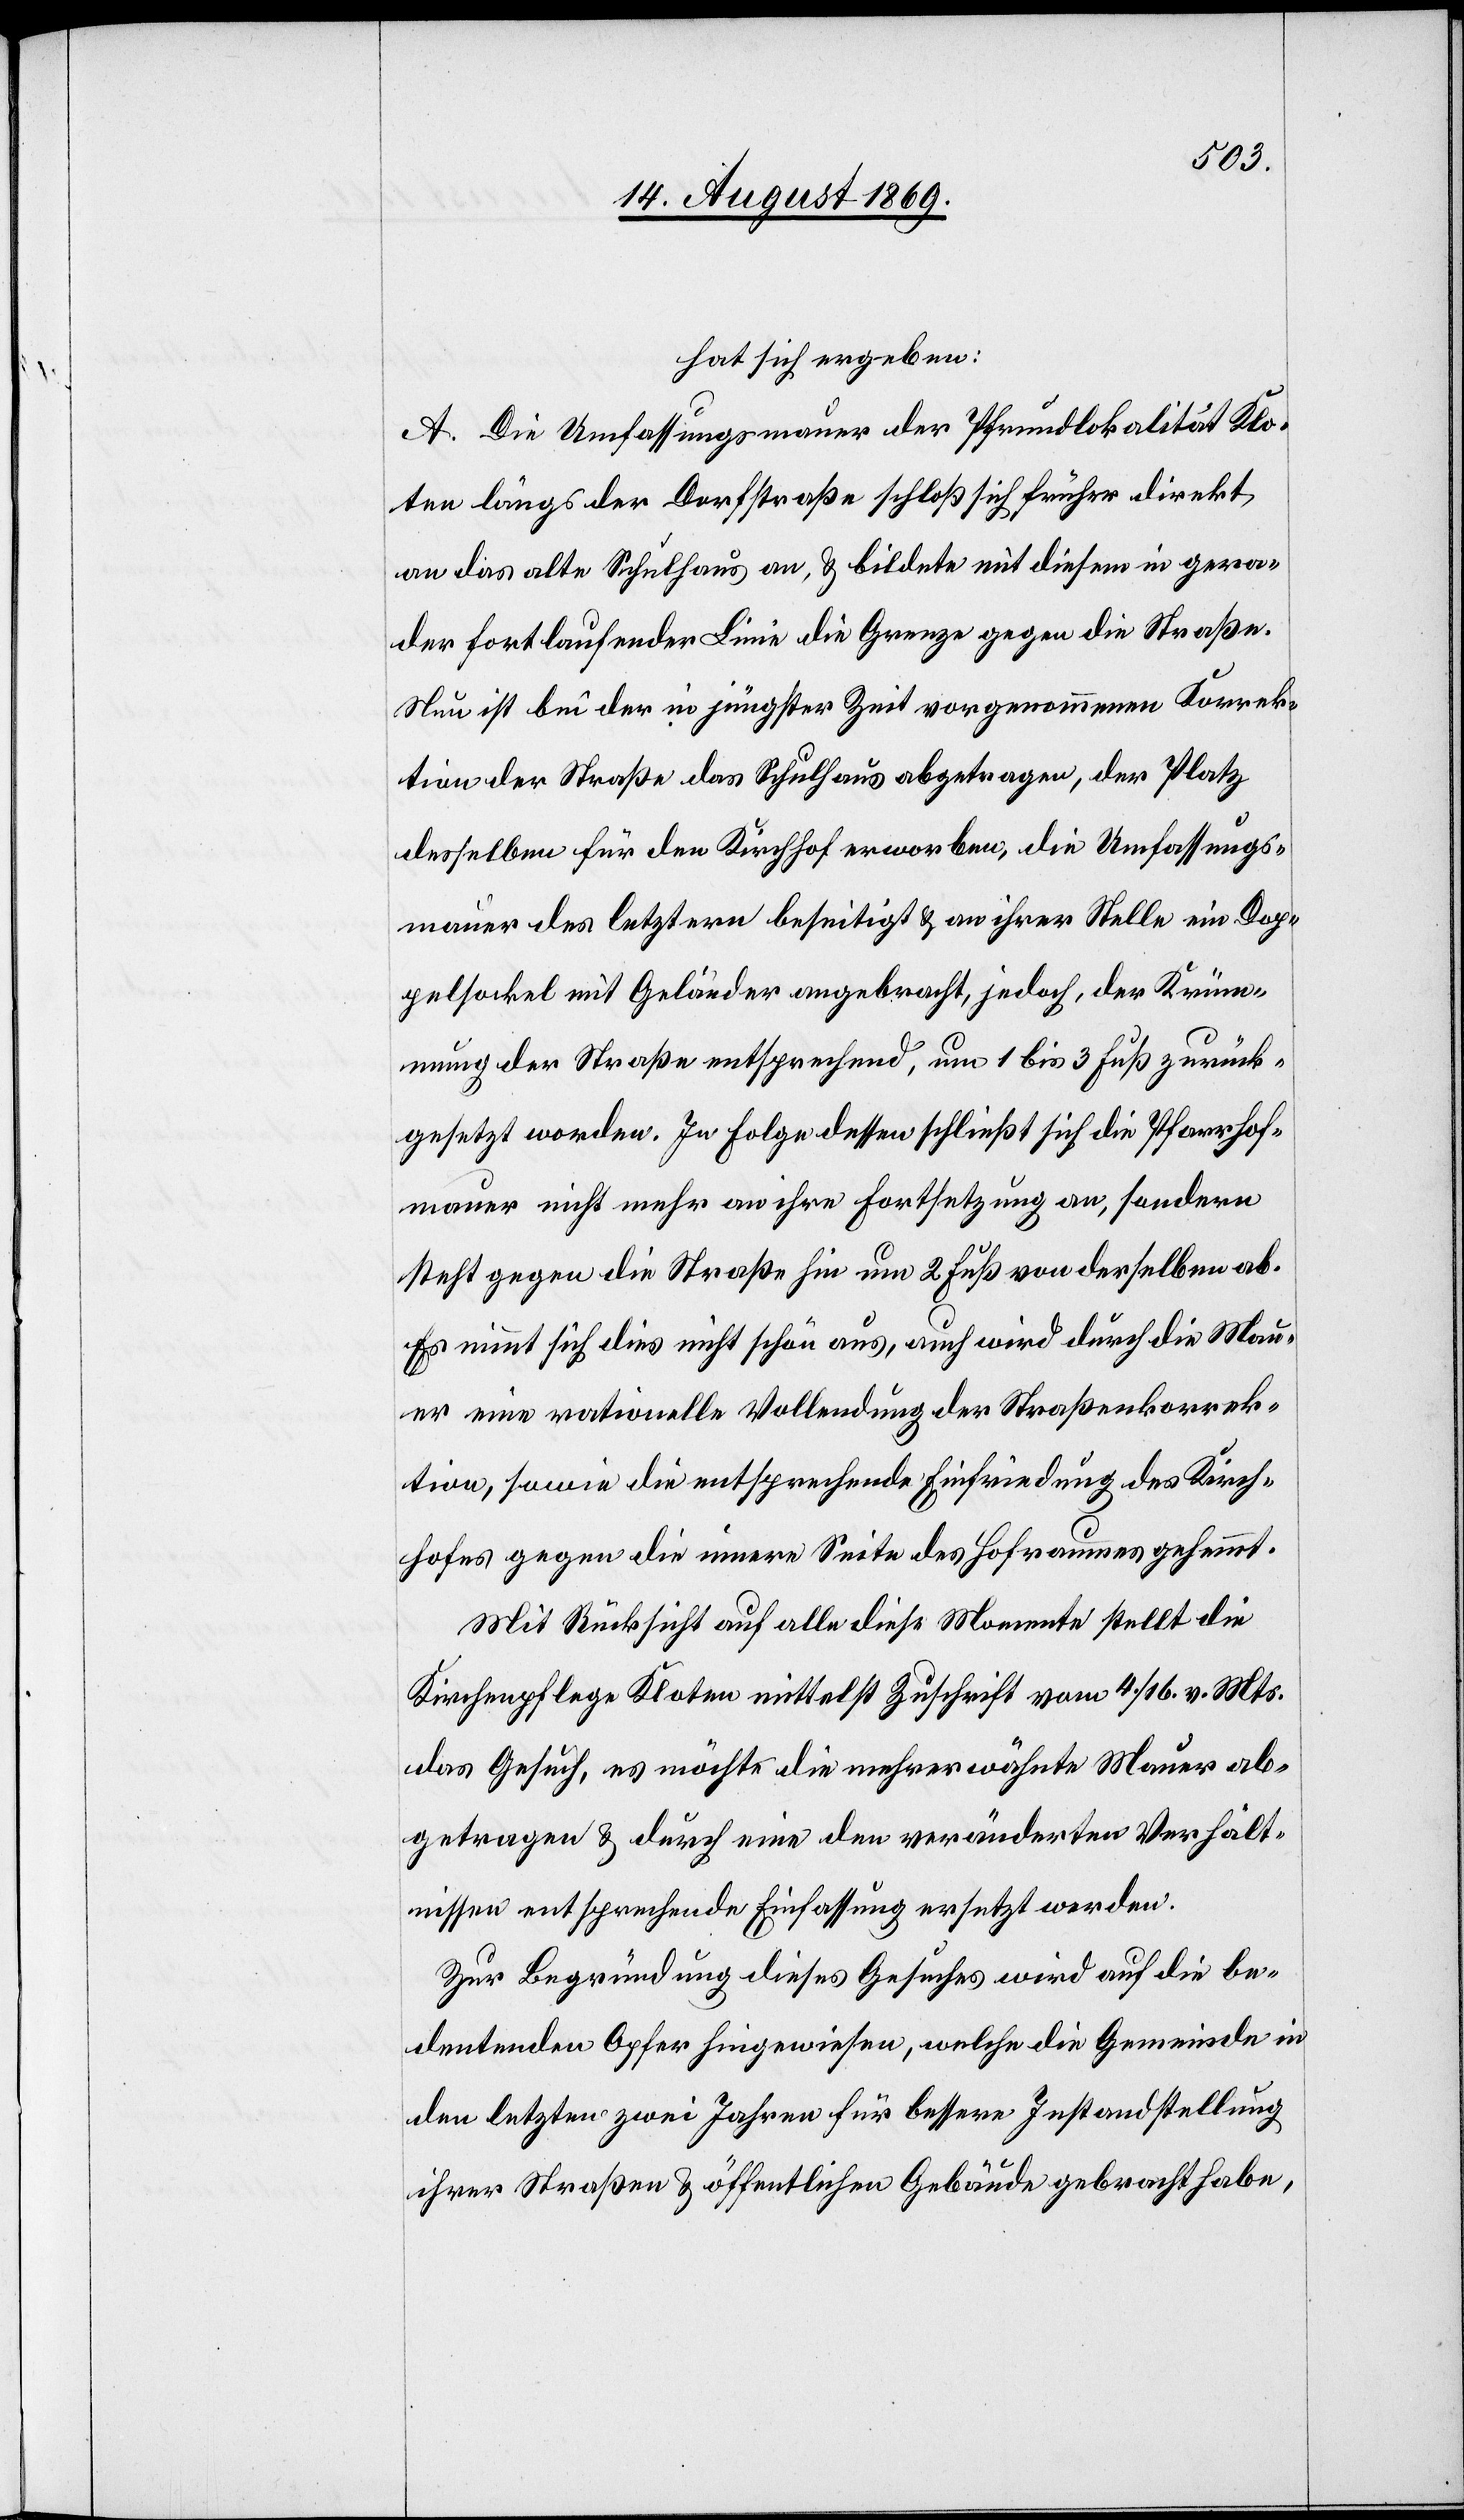
hat sich ergeben:
A. Die Umfassungsmauer der Pfrundlokalität Klo¬
ten längs der Dorfstraße schloß sich früher direkt
an das alte Schulhaus an, & bildete mit diesem in gera¬
der fortlaufender Linie die Grenze gegen die Straße.
Nun ist bei der in jüngster Zeit vorgenommenen Korrek¬
tion der Straße das Schulhaus abgetragen, der Platz
desselben für den Kirchhof erworben, die Umfassungs¬
mauer des letztern beseitigt & an ihrer Stelle ein Dop¬
pelsockel mit Geländer angebracht, jedoch, der Krüm¬
mung der Straße entsprechend, um 1 bis 3 Fuß zurück¬
gesetzt worden. In Folge dessen schließt sich die Pfarrhof¬
mauer nicht mehr an ihre Fortsetzung an, sondern
steht gegen die Straße hin um 2 Fuß von derselben ab.
Es nimmt sich dies nicht schön aus, auch wird durch die Mau¬
er eine rationelle Vollendung der Straßenkorrek¬
tion, sowie die entsprechende Einfriedung des Kirch¬
hofes gegen die innere Seite des Hofraumes gehemmt.
Mit Rücksicht auf alle diese Momente stellt die
Kirchenpflege Kloten mittelst Zuschrift vom 4./16. v. Mts.
das Gesuch, es möchte die mehrerwähnte Mauer ab¬
getragen & durch eine den veränderten Verhält¬
nissen entsprechende Einfassung ersetzt werden.
Zur Begründung dieses Gesuches wird auf die be¬
deutenden Opfer hingewiesen, welche die Gemeinde in
den letzten zwei Jahren für bessere Instandstellung
ihrer Straßen & öffentlichen Gebäude gebracht habe,